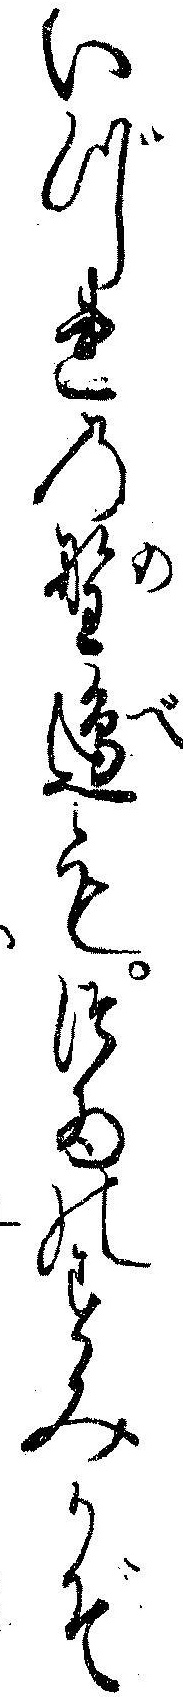
いづれの野辺もつゐのすみかぞ